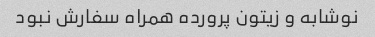
نوشابه و زیتون پرورده همراه سفارش نبود